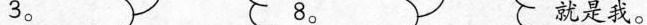
3。 8。 就是我。